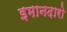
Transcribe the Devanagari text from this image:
इमानदारो